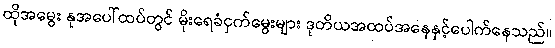
ထိုအမွေး နုအပေါ်ထပ်တွင် မိုးရေခံငှက်မွေးများ ဒုတိယအထပ်အနေနှင့်ပေါက်နေသည်။